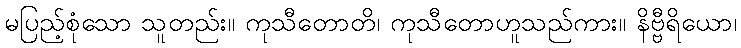
မပြည့်စုံသော သူတည်း။ ကုသီတောတိ၊ ကုသီတောဟူသည်ကား။ နိဗ္ဗီရိယော၊